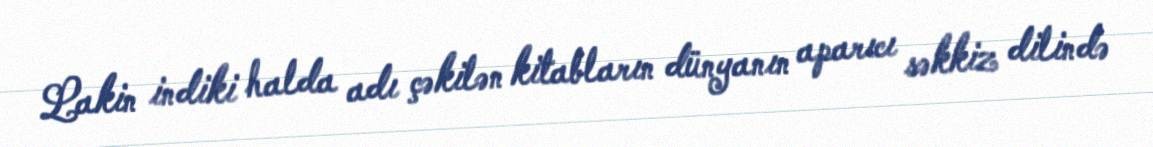
Lakin indiki halda adı çəkilən kitabların dünyanın aparıcı səkkiz dilində